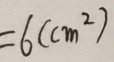
= 6 ( c m ^ { 2 } )